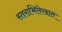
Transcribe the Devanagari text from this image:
स्तराभिलेखात